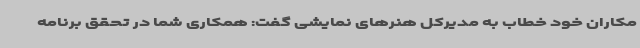
مکاران خود خطاب به مدیرکل هنرهای نمایشی گفت: همکاری شما در تحقق برنامه